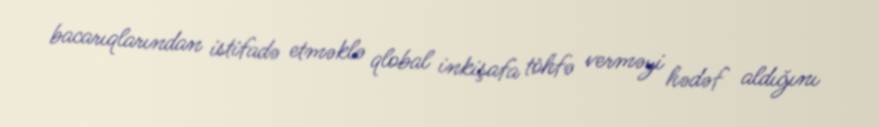
bacarıqlarından istifadə etməklə qlobal inkişafa töhfə verməyi hədəf aldığını